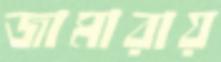
জামারায়